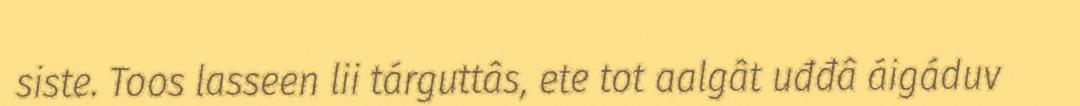
siste. Toos lasseen lii tárguttâs, ete tot aalgât uđđâ áigáduv